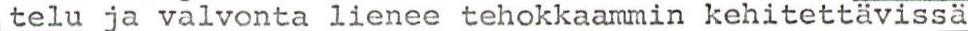
telu ja valvonta lienee tehokkaammin kehitettävissä